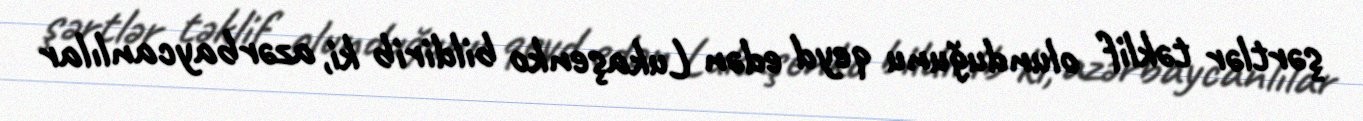
şərtlər təklif olunduğunu qeyd edən Lukaşenko bildirib ki, azərbaycanlılar